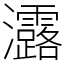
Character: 𤅟